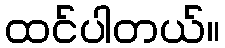
ထင်ပါတယ်။